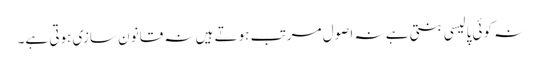
نہ کوئی پالیسی بنتی ہے نہ اصول مرتب ہوتے ہیں نہ قانون سازی ہوتی ہے۔